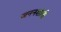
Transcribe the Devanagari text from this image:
जननशांती